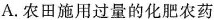
A.农田施用过量的化肥农药